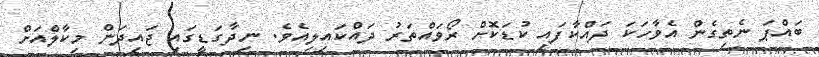
ބައްޕަ ނެތިގެން އެވާހަކަ ދައްކާފައި ކުޑަކޮށް ރޯވައްތަރު ދައްކައިލިއެވެ. ނިދާގަޑީގައި ޖައިދަން މިކާލްއަށް